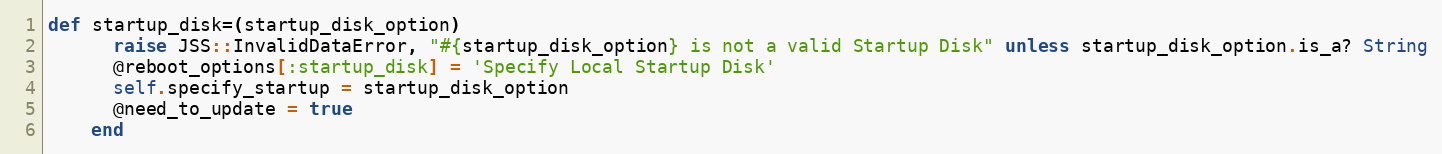
Language: Ruby
def startup_disk=(startup_disk_option)
      raise JSS::InvalidDataError, "#{startup_disk_option} is not a valid Startup Disk" unless startup_disk_option.is_a? String
      @reboot_options[:startup_disk] = 'Specify Local Startup Disk'
      self.specify_startup = startup_disk_option
      @need_to_update = true
    end